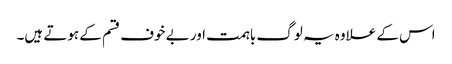
اس کے علاوہ یہ لوگ باہمت اور بے خوف قسم کے ہوتے ہیں۔